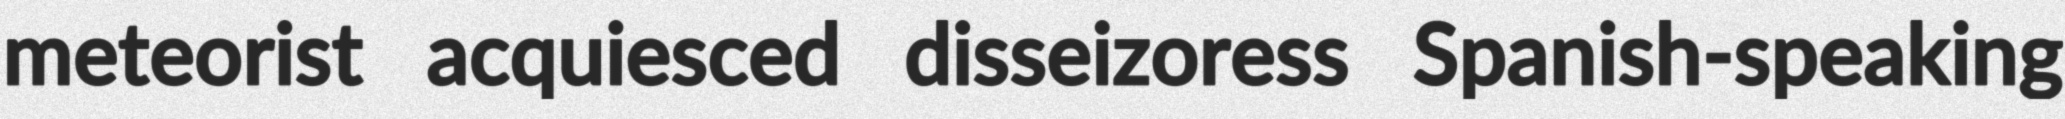
meteorist acquiesced disseizoress Spanish-speaking